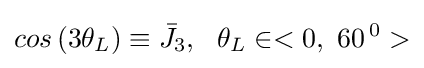
cos\,(3{{\theta }_{L}})\equiv {{\bar {J}}_{3}},\ \ {{\theta }_{L}}\in <0,\ {{60}^{\,0}}>